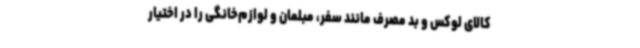
کالای لوکس و بد مصرف مانند سفر، مبلمان و لوازم‌خانگی را در اختیار